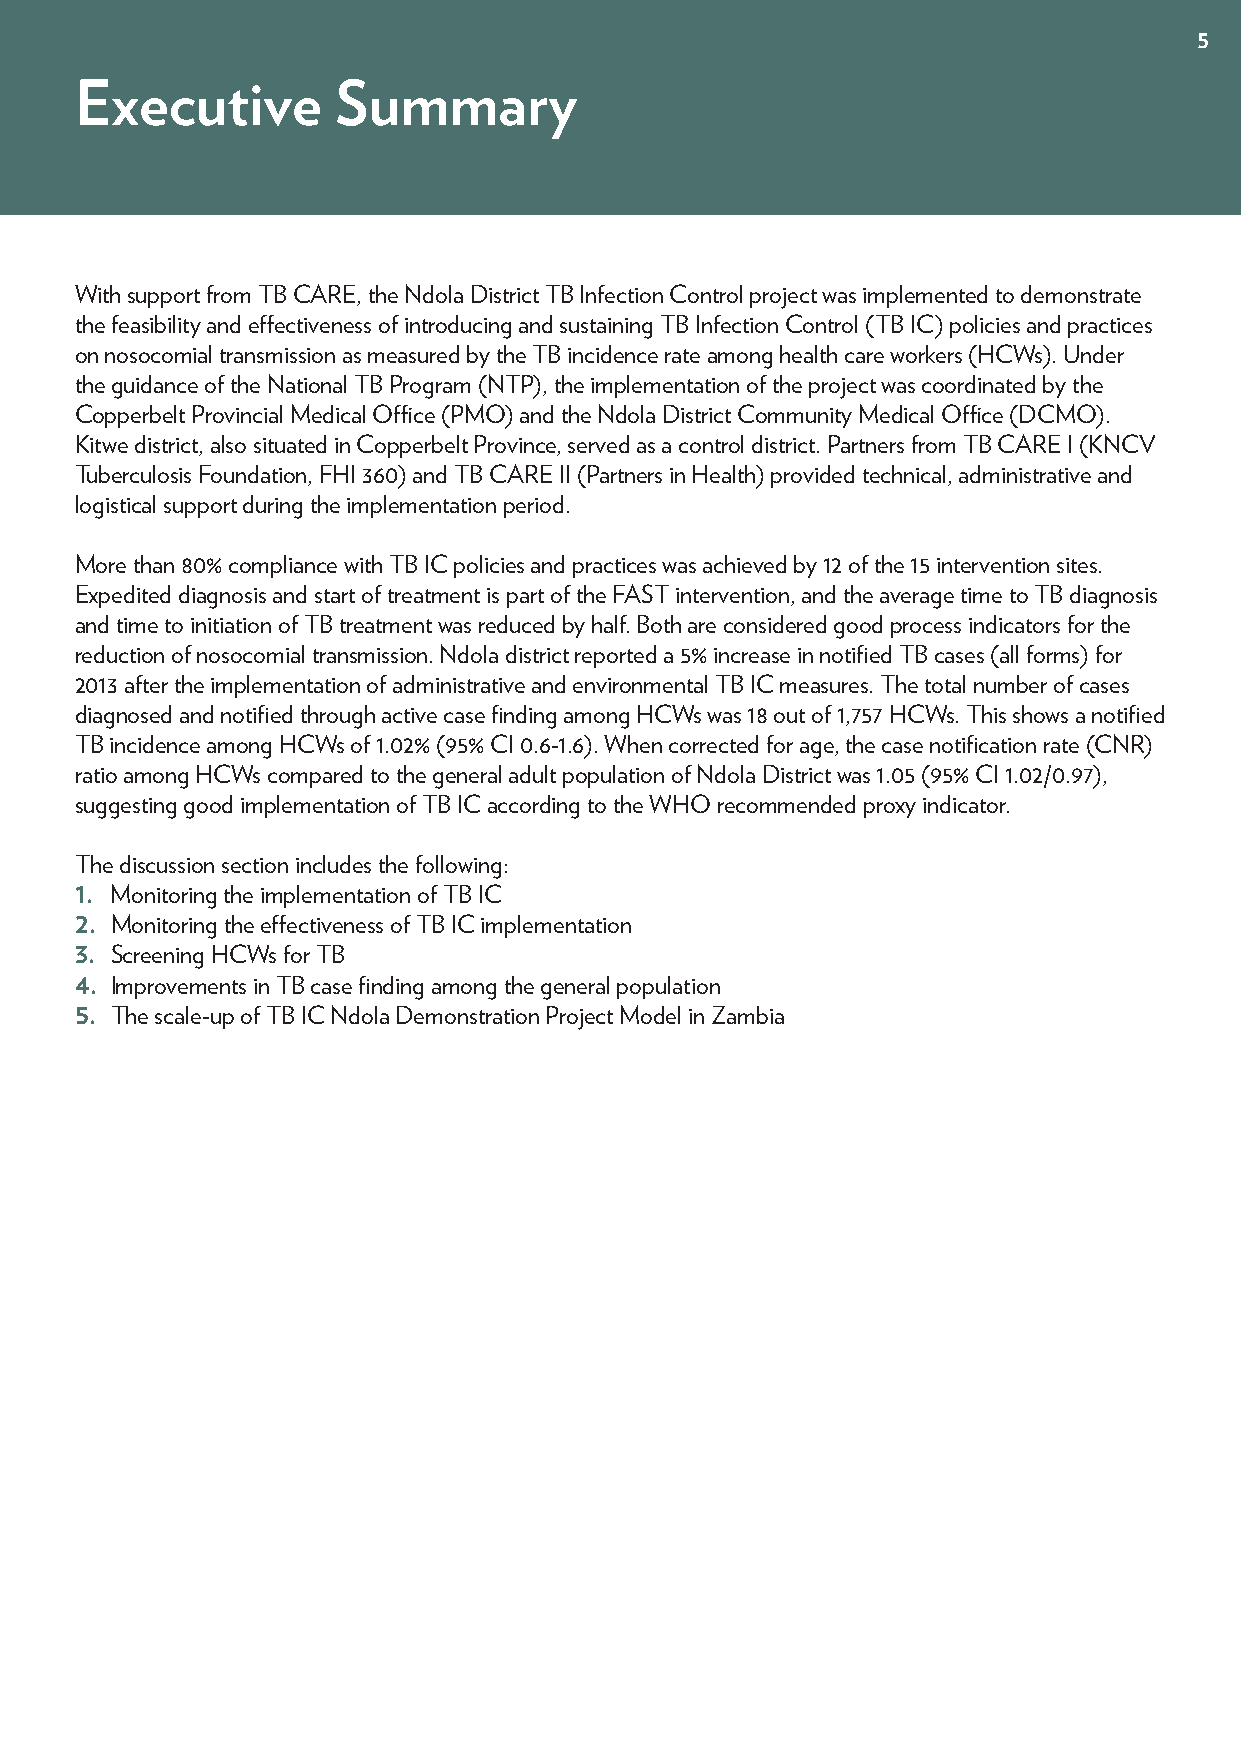
5
 Executive        Summary
 With support from TB CARE, the Ndola District TB Infection Control project was implemented to demonstrate
 the feasibility and effectiveness of introducing and sustaining TB Infection Control (TB IC) policies and practices
 on nosocomial transmission as measured by the TB incidence rate among health care workers (HCWs). Under
 the guidance of the National TB Program (NTP), the implementation of the project was coordinated by the
 Copperbelt Provincial Medical Office (PMO) and the Ndola District Community Medical Office (DCMO).
 Kitwe district, also situated in Copperbelt Province, served as a control district. Partners from TB CARE I (KNCV
 Tuberculosis Foundation, FHI 360) and TB CARE II (Partners in Health) provided technical, administrative and
 logistical support during the implementation period.
 More than 80% compliance with TB IC policies and practices was achieved by 12 of the 15 intervention sites.
 Expedited diagnosis and start of treatment is part of the FAST intervention, and the average time to TB diagnosis
 and time to initiation of TB treatment was reduced by half. Both are considered good process indicators for the
 reduction of nosocomial transmission. Ndola district reported a 5% increase in notified TB cases (all forms) for
 2013 after the implementation of administrative and environmental TB IC measures. The total number of cases
 diagnosed and notified through active case finding among HCWs was 18 out of 1,757 HCWs. This shows a notified
 TB incidence among HCWs of 1.02% (95% CI 0.6-1.6). When corrected for age, the case notification rate (CNR)
 ratio among HCWs compared to the general adult population of Ndola District was 1.05 (95% CI 1.02/0.97),
 suggesting good implementation of TB IC according to the WHO recommended proxy indicator.
 The discussion section includes the following:
 1. Monitoring the implementation of TB IC
 2. Monitoring the effectiveness of TB IC implementation
 3. Screening HCWs for TB
 4. Improvements in TB case finding among the general population
 5. The scale-up of TB IC Ndola Demonstration Project Model in Zambia